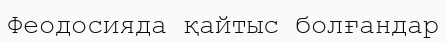
Феодосияда қайтыс болғандар